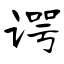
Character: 谔